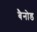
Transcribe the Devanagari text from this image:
बैनोड